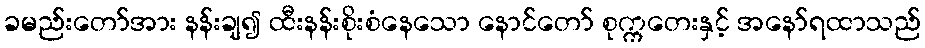
ခမည်းတော်အား နန်းချ၍ ထီးနန်းစိုးစံနေသော နောင်တော် စုက္ကတေးနှင့် အနော်ရထာသည်